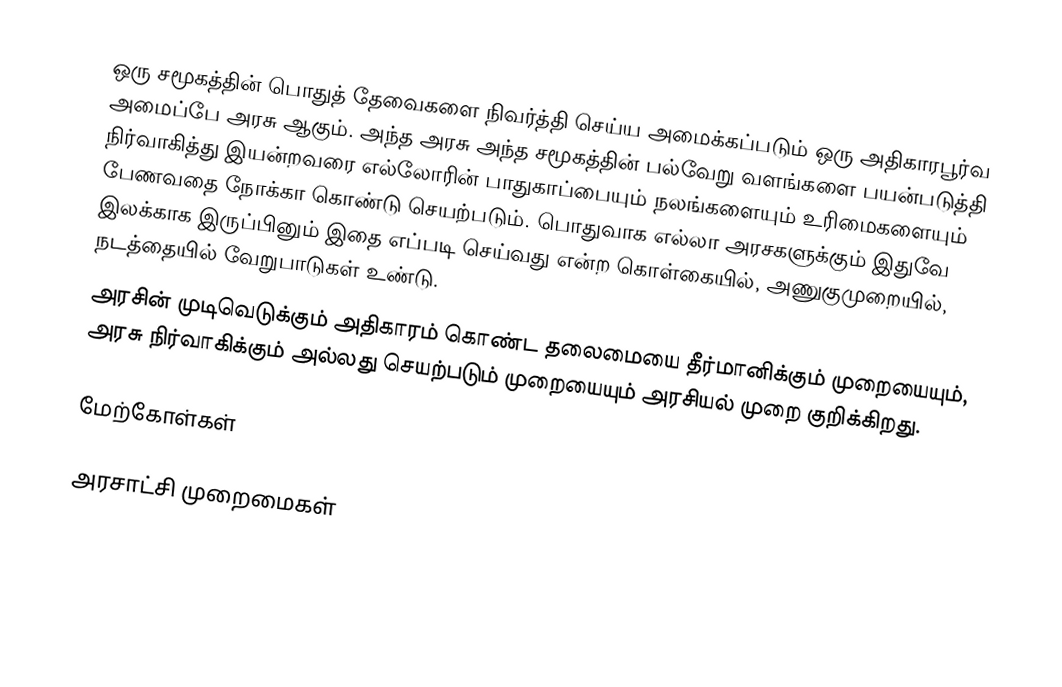
ஒரு சமூகத்தின் பொதுத் தேவைகளை நிவர்த்தி செய்ய அமைக்கப்படும் ஒரு அதிகாரபூர்வ அமைப்பே அரசு ஆகும்.  அந்த அரசு அந்த சமூகத்தின் பல்வேறு வளங்களை பயன்படுத்தி நிர்வாகித்து இயன்றவரை எல்லோரின் பாதுகாப்பையும் நலங்களையும் உரிமைகளையும் பேணவதை நோக்கா கொண்டு செயற்படும்.  பொதுவாக எல்லா அரசகளுக்கும் இதுவே இலக்காக இருப்பினும் இதை எப்படி செய்வது என்ற கொள்கையில், அணுகுமுறையில், நடத்தையில் வேறுபாடுகள் உண்டு.
அரசின் முடிவெடுக்கும் அதிகாரம் கொண்ட தலைமையை தீர்மானிக்கும் முறையையும், அரசு நிர்வாகிக்கும் அல்லது செயற்படும் முறையையும் அரசியல் முறை குறிக்கிறது.

மேற்கோள்கள்

அரசாட்சி முறைமைகள்